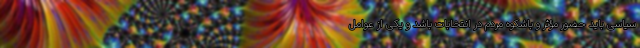
سیاسی باید حضور مؤثر و باشکوه مردم در انتخابات باشد و یکی از عوامل